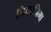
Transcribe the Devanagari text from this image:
निकाजिमा